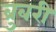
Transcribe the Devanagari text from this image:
ब्रुबरी